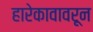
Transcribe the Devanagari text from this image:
हारेकावावरून